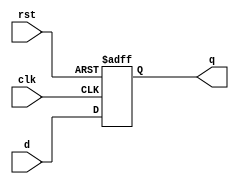
module ff #(
    parameter NUMBER_OF_BITS = 32
) (
    input wire clk,
    input wire rst,
    input wire [NUMBER_OF_BITS-1:0] d,
    output reg [NUMBER_OF_BITS-1:0] q
);

  always @(posedge clk or posedge rst) begin
    if (rst) begin
      q <= 0;
    end else begin
      q <= d;
    end
  end

endmodule